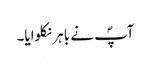
آپؐ نے باہر نکلوایا۔